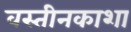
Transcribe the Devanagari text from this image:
वस्तीनकाशा